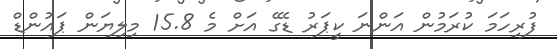
ފުރިހަމަ ކުރަމުން އަންނަ ކީޕަރު ޑެގޭ އަށް މެ 15.8 މިލިޔަން ޕައުންޑް